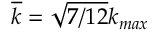
\overline { { k } } = \sqrt { 7 / 1 2 } k _ { m a x }